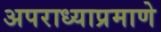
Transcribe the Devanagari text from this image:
अपराध्याप्रमाणे